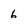
Character: 6